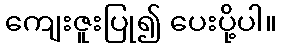
ကျေးဇူးပြု၍ ပေးပို့ပါ။